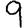
Digit: 9